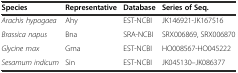
<table><thead><tr><td><b>Species</b></td><td><b>Representative</b></td><td><b>Database</b></td><td><b>Series of Seq.</b></td></tr></thead><tbody><tr><td><i>Arachis hypogaea</i></td><td>Ahy</td><td>EST-NCBI</td><td>JK146921-JK167516</td></tr><tr><td><i>Brassica napus</i></td><td>Bna</td><td>SRA-NCBI</td><td>SRX006869, SRX006870</td></tr><tr><td><i>Glycine max</i></td><td>Gma</td><td>EST-NCBI</td><td>HO008567-HO045222</td></tr><tr><td><i>Sesamum indicum</i></td><td>Sin</td><td>EST-NCBI</td><td>JK045130–JK086377</td></tr></tbody></table>